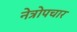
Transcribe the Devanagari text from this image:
नेत्रोपचार